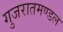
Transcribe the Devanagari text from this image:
गुजरातमण्डल